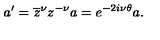
a ^ { \prime } = \overline { { z } } ^ { \nu } z ^ { - \nu } a = e ^ { - 2 i \nu \theta } a .